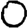
Digit: 0